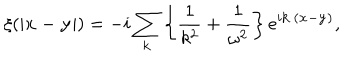
\xi ( | { \bf x - y } | ) = - i \sum _ { \bf k } { \left\{ \frac { 1 } { k ^ { 2 } } + \frac { 1 } { \omega ^ { 2 } } \right\} e ^ { i { \bf k \cdot ( x - y ) } } } ,